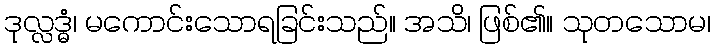
ဒုလ္လဒ္ဓံ၊ မကောင်းသောရခြင်းသည်။ အသိ၊ ဖြစ်၏။ သုတသောမ၊